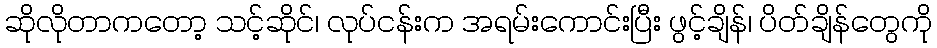
ဆိုလိုတာကတော့ သင့်ဆိုင်၊ လုပ်ငန်းက အရမ်းကောင်းပြီး ဖွင့်ချိန်၊ ပိတ်ချိန်တွေကို